Subject: stat
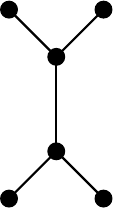
LaTeX code:
    \begin{tikzpicture}[scale=0.6,transform shape, thick]
      \node[circle,draw, fill=black ] (a) at(0,0){};
      \node[circle,draw, fill=black] (b) at(2,0){};
      \node[circle,draw, fill=black] (c) at(1,1){};
      \node[circle,draw, fill=black] (d) at(1,3){};

      \node[circle,draw, fill=black] (e) at(0,4){};
      \node[circle,draw,fill=black] (f) at(2,4){};

      \draw[black] (a) --(c) -- (b);
      \draw (c) --(d);
      \draw[black] (d) --(e);
      \draw[black] (d) -- (f);
      \draw[] (8, 1) -- (8,1);
    \end{tikzpicture}